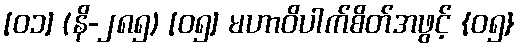
[၀၁] (နိ-၂၈၅) [၀၅] မဟာဝိပါက်စိတ်အဖွင့် {၀၅}